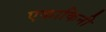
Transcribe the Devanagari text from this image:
एकाकिनी